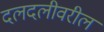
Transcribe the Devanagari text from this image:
दलदलीवरील